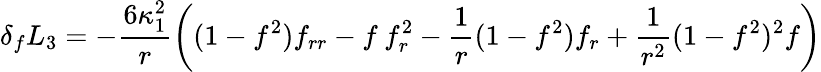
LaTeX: \delta_{f}L_{3}=-\frac{6\kappa_{1}^{2}}{r}\left((1-f^{2})f_{rr}-f\: f_{r}^{2}-\frac{1}{r}(1-f^{2})f_{r}+\frac{1}{r^{2}}(1-f^{2})^{2}f\right)